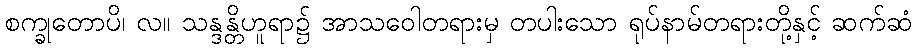
စက္ခုတောပိ၊ လ။ သန္ဒန္တိဟူရာ၌ အာသဝေါတရားမှ တပါးသော ရုပ်နာမ်တရားတို့နှင့် ဆက်ဆံ